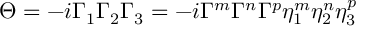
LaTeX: \Theta = - i \Gamma _ { 1 } \Gamma _ { 2 } \Gamma _ { 3 } = - i \Gamma ^ { m } \Gamma ^ { n } \Gamma ^ { p } \eta _ { 1 } ^ { m } \eta _ { 2 } ^ { n } \eta _ { 3 } ^ { p }